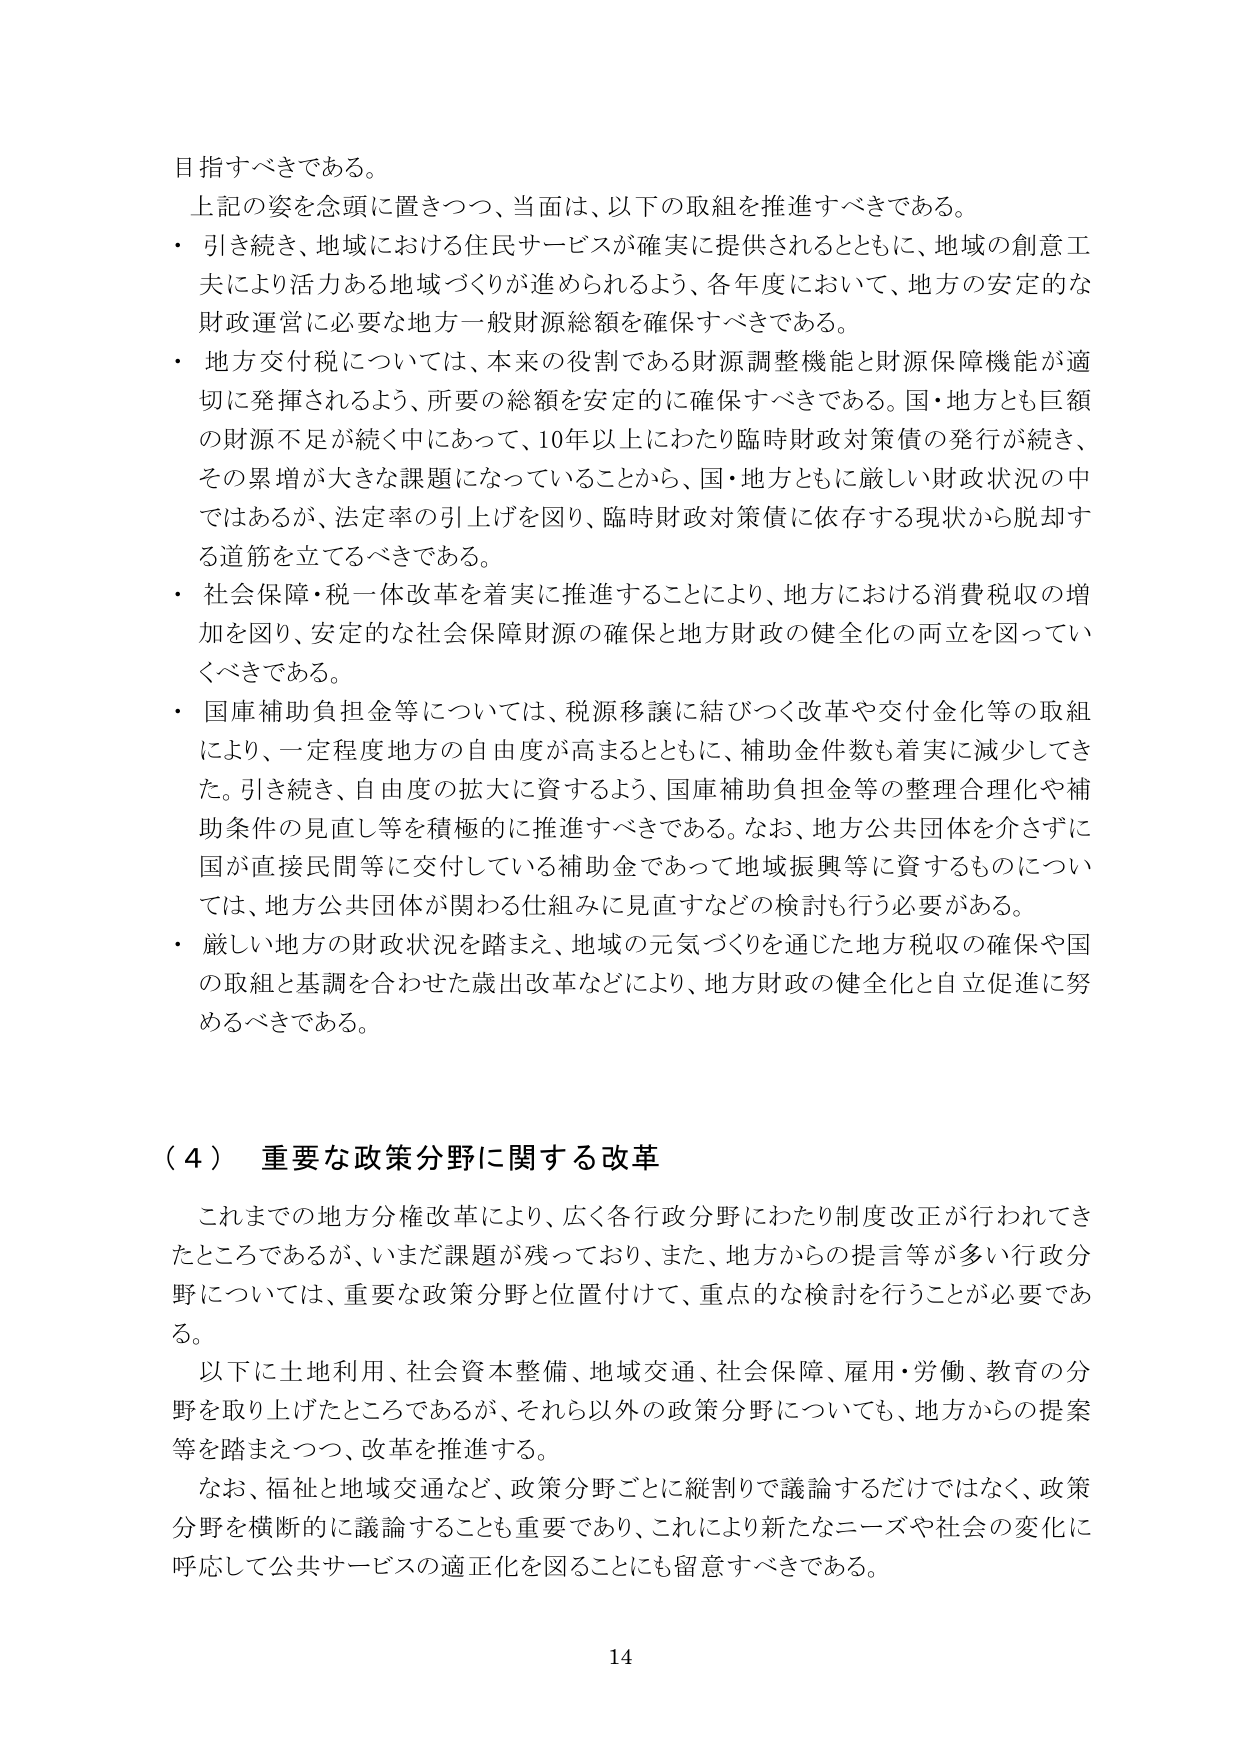
目指すべきである。

上記の姿を念頭に置きつつ、当面は、以下の取組を推進すべきである。

・ 引き続き、地域における住民サービスが確実に提供されるとともに、地域の創意工夫により活力ある地域づくりが進められるよう、各年度において、地方の安定的な財政運営に必要な地方一般財源総額を確保すべきである。

・ 地方交付税については、本来の役割である財源調整機能と財源保障機能が適切に発揮されるよう、所要の総額を安定的に確保すべきである。国・地方とも巨額の財源不足が続く中において、10年以上にわたり臨時財政対策債の発行が続き、その累増が大きな課題になっていることから、国・地方ともに厳しい財政状況の中ではあるが、法定率の引上げを図り、臨時財政対策債に依存する現状から脱却する道筋を立てるべきである。

・ 社会保障・税一体改革を着実に推進することにより、地方における消費税収の増加を図り、安定的な社会保障財源の確保と地方財政の健全化の両立を図っていくべきである。

・ 国庫補助負担金等については、税源移譲に結びつく改革や交付金化等の取組により、一定程度地方の自由度が高まるとともに、補助金件数も着実に減少してきた。引き続き、自由度の拡大に資するよう、国庫補助負担金等の整理合理化や補助条件の見直し等を積極的に推進すべきである。なお、地方公共団体を介さずに国が直接民間等に交付している補助金であって地域振興等に資するものについては、地方公共団体が関わる仕組みに見直すなどの検討も行う必要がある。

・ 厳しい地方の財政状況を踏まえ、地域の元気づくりを通じた地方税収の確保や国の取組と基調を合わせた歳出改革などにより、地方財政の健全化と自立促進に努めるべきである。

（４） 重要な政策分野に関する改革

これまでの地方分権改革により、広く各行政分野にわたり制度改正が行われてきたところであるが、いまだ課題が残っており、また、地方からの提言等が多い行政分野については、重要な政策分野と位置付けて、重点的な検討を行うことが必要である。

以下に土地利用、社会資本整備、地域交通、社会保障、雇用・労働、教育の分野を取り上げたところであるが、それら以外の政策分野についても、地方からの提案等を踏まえつつ、改革を推進する。

なお、福祉と地域交通など、政策分野ごとに縦割りで議論するだけではなく、政策分野を横断的に議論することも重要であり、これにより新たなニーズや社会の変化に呼応して公共サービスの適正化を図ることにも留意すべきである。

14